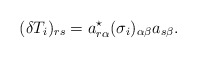
\begin{align*}(\delta T_i)_{rs}= a^\star_{r\alpha}(\sigma_i)_{\alpha\beta}a_{s\beta}.\end{align*}